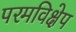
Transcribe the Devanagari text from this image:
परमविक्षेप